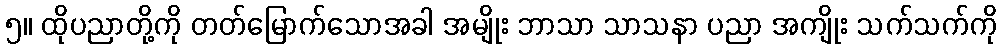
၅။ ထိုပညာတို့ကို တတ်မြောက်သောအခါ အမျိုး ဘာသာ သာသနာ ပညာ အကျိုး သက်သက်ကို